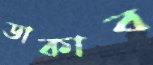
ডাকাব